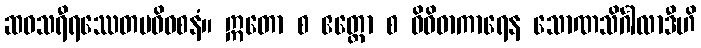
ဆဝသရီရဿေတမဓိဝစနံ။ ဣတော စ ဧတ္တော စ ဝိဝိဓာကာရေန သောဏသိင်္ဂါလာဒီဟိ